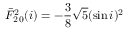
\bar { F } _ { 2 \, 0 } ^ { 2 } ( i ) = - \frac { 3 } { 8 } \sqrt { 5 } ( \sin i ) ^ { 2 }